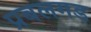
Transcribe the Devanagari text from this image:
प्रबलगड